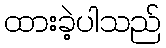
ထားခဲ့ပါသည်